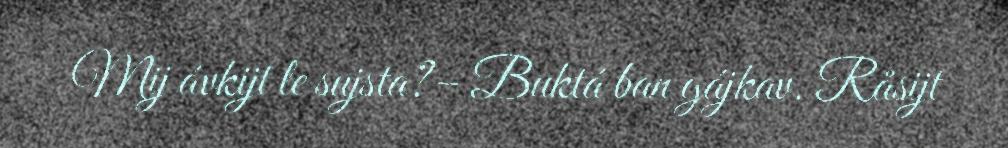
Mij ávkijt le sujsta?– Buktá ban gájkav. Råsijt